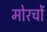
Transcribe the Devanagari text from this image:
मोरचों